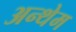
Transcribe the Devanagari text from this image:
अन्थेम